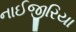
નાઈજીરિયા